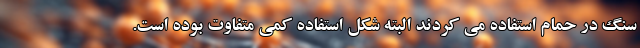
سنگ در حمام استفاده می کردند البته شکل استفاده کمی متفاوت بوده است.